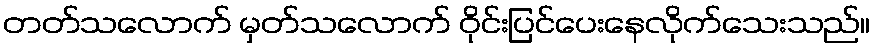
တတ်သလောက် မှတ်သလောက် ဝိုင်းပြင်ပေးနေလိုက်သေးသည်။